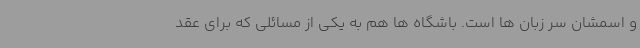
و اسمشان سر زبان ها است. باشگاه ها هم به یکی از مسائلی که برای عقد